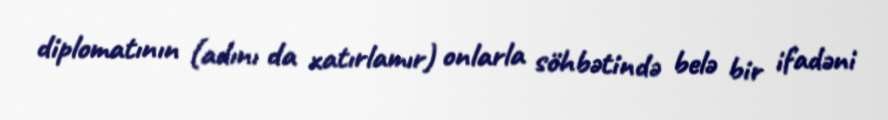
diplomatının (adını da xatırlamır) onlarla söhbətində belə bir ifadəni